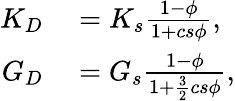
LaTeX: \begin{array}{rl}{K_{D}}&{{}=K_{s}\frac{1-\phi}{1+cs\phi},}\\ {G_{D}}&{{}=G_{s}\frac{1-\phi}{1+\frac{3}{2}cs\phi},}\end{array}